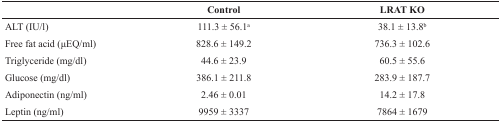
<table><thead><tr><td></td><td><b>Control</b></td><td><b>LRAT KO</b></td></tr></thead><tbody><tr><td>ALT (IU/l)</td><td>111.3 ± 56.1<sup>a</sup></td><td>38.1 ± 13.8<sup>b</sup></td></tr><tr><td>Free fat acid (μEQ/ml)</td><td>828.6 ± 149.2</td><td>736.3 ± 102.6</td></tr><tr><td>Triglyceride (mg/dl)</td><td>44.6 ± 23.9</td><td>60.5 ± 55.6</td></tr><tr><td>Glucose (mg/dl)</td><td>386.1 ± 211.8</td><td>283.9 ± 187.7</td></tr><tr><td>Adiponectin (ng/ml)</td><td>2.46 ± 0.01</td><td>14.2 ± 17.8</td></tr><tr><td>Leptin (ng/ml)</td><td>9959 ± 3337</td><td>7864 ± 1679</td></tr></tbody></table>